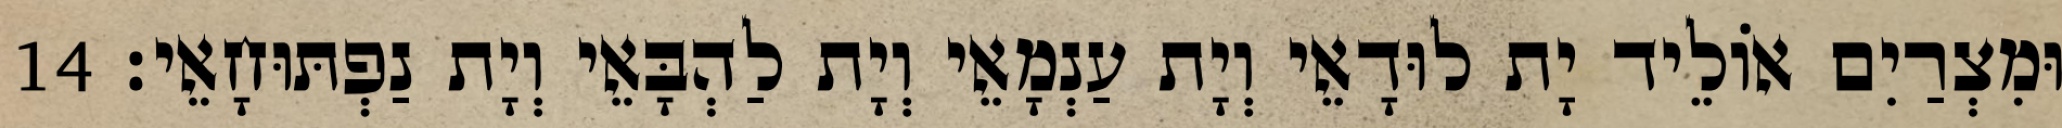
וּמִצְרַיִם אוֹלֵיד יָת לוּדָאֵי וְיָת עַנְמָאֵי וְיָת לַהְבָּאֵי וְיָת נַפְתּוּחָאֵי׃ 14